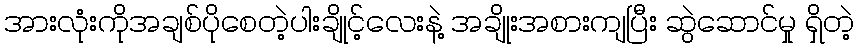
အားလုံးကိုအချစ်ပိုစေတဲ့ပါးချိုင့်လေးနဲ့ အချိုးအစားကျပြီး ဆွဲဆောင်မှု ရှိတဲ့